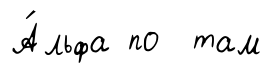
А́льфа по там